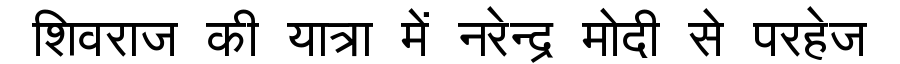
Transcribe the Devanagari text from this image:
शिवराज की यात्रा में नरेन्द्र मोदी से परहेज